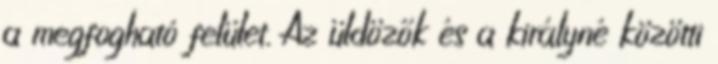
a megfogható felület. Az üldözők és a királyné közötti